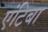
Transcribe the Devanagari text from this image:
एंटिबा